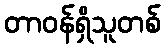
တာဝန်ရှိသူတစ်